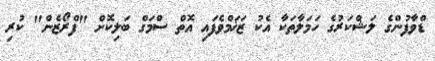
ޑްވާފުންގެ ލަޝްކަރުގެ ހަމަލާތަކާ އެކު ޒަޚަމްވެފައި އޮތް ސްމަގް ބަލިކޮށް "ފްރޯޒެން" ކުރި